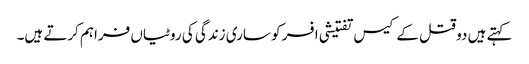
کہتے ہیں دو قتل کے کیس تفتیشی افسر کو ساری زندگی کی روٹیاں فراہم کرتے ہیں۔